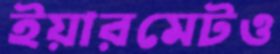
ইয়ারমেটও